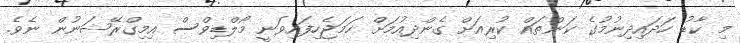
މި ކާޑު ހަދައިދިނުމުގެ ކަންތައް ކުރިއަށް ގެންދިއުމަށް ހަމަޖެހިފައިވަނީ މޯލްޑިވްސް އިމިގްރޭޝަނުން ނެވެ.